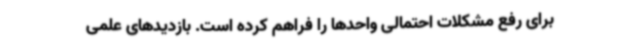
برای رفع مشکلات احتمالی واحدها را فراهم کرده است. بازدیدهای علمی